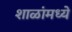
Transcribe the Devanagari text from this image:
शाळांमध्‍ये